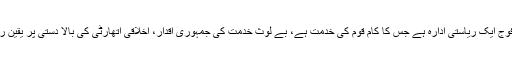
جنرل قمر جاوید باجوہ نے کہا کہ جمہوریت پر یقین رکھتا ہوں جب کہ فوج ایک ریاستی ادارہ ہے جس کا کام قوم کی خدمت ہے، بے لوث خدمت کی جمہوری اقدار، اخلاقی اتھارٹی کی بالا دستی پر یقین رکھتا ہوں، قوم کے لیے بے لوث خدمت کا فرض ہم سب پرعائد ہوتا ہے۔